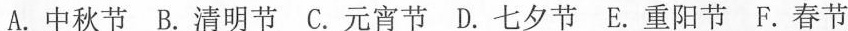
A. 中秋节 B. 清明节 C. 元宵节 D. 七夕节E. 重阳节 F. 春节